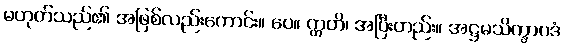
မဟုတ်သည်၏ အဖြစ်လည်းကောင်း။ ပေ။ ဣတိ၊ အပြီးတည်း။ အဋ္ဌမသိက္ခာပဒံ